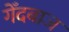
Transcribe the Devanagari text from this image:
गेँदबाज